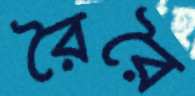
রৈরৈ